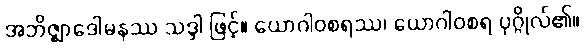
အဘိဇ္ဈာဒေါမနဿ သဒ္ဒါ ဖြင့်။ ယောဂါဝစရဿ၊ ယောဂါဝစရ ပုဂ္ဂိုလ်၏။